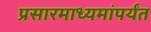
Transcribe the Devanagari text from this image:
प्रसारमाध्यमांपर्यंत